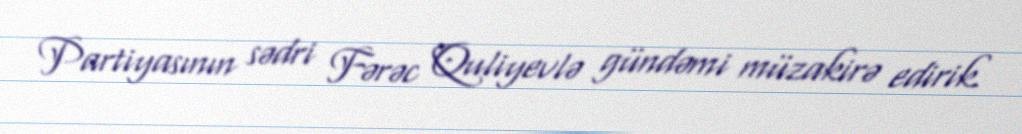
Partiyasının sədri Fərəc Quliyevlə gündəmi müzakirə edirik.